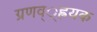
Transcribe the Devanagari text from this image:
ग्रणव््ह्रयक